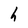
Character: h